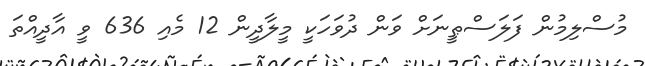
މުސްލިމުން ފަލަސްޠީނަށް ވަން ދުވަހަކީ މީލާދީން 12 މެއި 636 ވީ އާދީއްތަ